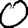
Digit: 0